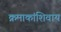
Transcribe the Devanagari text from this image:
क्रमाकांशिवाय